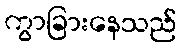
ကွာခြားနေသည်